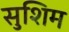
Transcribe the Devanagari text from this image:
सुशिम